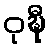
ဝုဍ္ဎီ